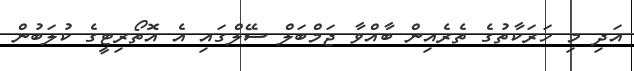
އަދި މި ހަރަކާތުގެ ތެރެއިން ބާއްވާ ޖަމްބަލް ސޭލްގައި އެ އޮތޯރިޓީގެ ކުލަބުން